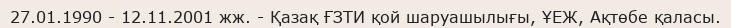
27.01.1990 - 12.11.2001 жж. - Қазақ ҒЗТИ қой шаруашылығы, ҰЕЖ, Ақтөбе қаласы.